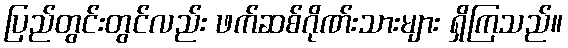
ပြည်တွင်းတွင်လည်း ဖက်ဆစ်ဂိုဏ်းသားများ ရှိကြသည်။